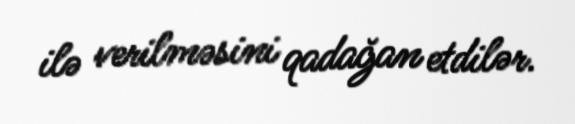
ilə verilməsini qadağan etdilər.